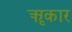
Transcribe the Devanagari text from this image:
ॠकार